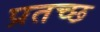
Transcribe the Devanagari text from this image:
प्रतच्छ